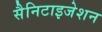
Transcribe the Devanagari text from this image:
सैनिटाइजेशन